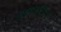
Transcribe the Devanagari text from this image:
शिकवणूकीनुसार